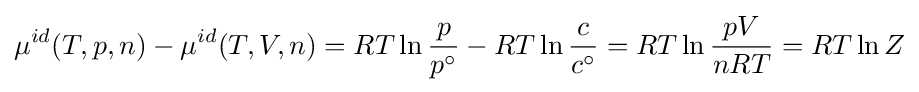
\mu ^{id}(T,p,n)-\mu ^{id}(T,V,n)=RT\ln {\frac {p}{p^{\circ }}}-RT\ln {\frac {c}{c^{\circ }}}=RT\ln {\frac {pV}{nRT}}=RT\ln Z